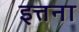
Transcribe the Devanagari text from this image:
इत्तना